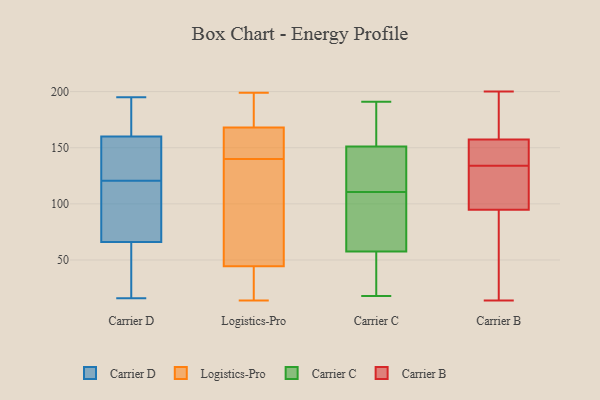
{"axis": {"x": "Demand Index", "y": "Value"}, "legend": ["Carrier B", "Carrier C", "Carrier D", "Logistics-Pro"], "data": [{"x": "", "y": 105, "type": "Carrier D"}, {"x": "", "y": 26, "type": "Carrier D"}, {"x": "", "y": 177, "type": "Carrier D"}, {"x": "", "y": 131, "type": "Carrier D"}, {"x": "", "y": 39, "type": "Carrier D"}, {"x": "", "y": 67, "type": "Carrier D"}, {"x": "", "y": 16, "type": "Carrier D"}, {"x": "", "y": 65, "type": "Carrier D"}, {"x": "", "y": 127, "type": "Carrier D"}, {"x": "", "y": 102, "type": "Carrier D"}, {"x": "", "y": 126, "type": "Carrier D"}, {"x": "", "y": 195, "type": "Carrier D"}, {"x": "", "y": 89, "type": "Carrier D"}, {"x": "", "y": 141, "type": "Carrier D"}, {"x": "", "y": 143, "type": "Carrier D"}, {"x": "", "y": 180, "type": "Carrier D"}, {"x": "", "y": 115, "type": "Carrier D"}, {"x": "", "y": 177, "type": "Carrier D"}, {"x": "", "y": 55, "type": "Carrier D"}, {"x": "", "y": 184, "type": "Carrier D"}, {"x": "", "y": 159, "type": "Logistics-Pro"}, {"x": "", "y": 94, "type": "Logistics-Pro"}, {"x": "", "y": 14, "type": "Logistics-Pro"}, {"x": "", "y": 101, "type": "Logistics-Pro"}, {"x": "", "y": 190, "type": "Logistics-Pro"}, {"x": "", "y": 150, "type": "Logistics-Pro"}, {"x": "", "y": 68, "type": "Logistics-Pro"}, {"x": "", "y": 33, "type": "Logistics-Pro"}, {"x": "", "y": 145, "type": "Logistics-Pro"}, {"x": "", "y": 135, "type": "Logistics-Pro"}, {"x": "", "y": 189, "type": "Logistics-Pro"}, {"x": "", "y": 28, "type": "Logistics-Pro"}, {"x": "", "y": 199, "type": "Logistics-Pro"}, {"x": "", "y": 149, "type": "Logistics-Pro"}, {"x": "", "y": 37, "type": "Logistics-Pro"}, {"x": "", "y": 169, "type": "Logistics-Pro"}, {"x": "", "y": 186, "type": "Logistics-Pro"}, {"x": "", "y": 52, "type": "Logistics-Pro"}, {"x": "", "y": 167, "type": "Logistics-Pro"}, {"x": "", "y": 31, "type": "Logistics-Pro"}, {"x": "", "y": 53, "type": "Carrier C"}, {"x": "", "y": 102, "type": "Carrier C"}, {"x": "", "y": 47, "type": "Carrier C"}, {"x": "", "y": 124, "type": "Carrier C"}, {"x": "", "y": 191, "type": "Carrier C"}, {"x": "", "y": 148, "type": "Carrier C"}, {"x": "", "y": 62, "type": "Carrier C"}, {"x": "", "y": 137, "type": "Carrier C"}, {"x": "", "y": 180, "type": "Carrier C"}, {"x": "", "y": 172, "type": "Carrier C"}, {"x": "", "y": 98, "type": "Carrier C"}, {"x": "", "y": 28, "type": "Carrier C"}, {"x": "", "y": 137, "type": "Carrier C"}, {"x": "", "y": 101, "type": "Carrier C"}, {"x": "", "y": 182, "type": "Carrier C"}, {"x": "", "y": 44, "type": "Carrier C"}, {"x": "", "y": 65, "type": "Carrier C"}, {"x": "", "y": 18, "type": "Carrier C"}, {"x": "", "y": 154, "type": "Carrier C"}, {"x": "", "y": 119, "type": "Carrier C"}, {"x": "", "y": 122, "type": "Carrier B"}, {"x": "", "y": 164, "type": "Carrier B"}, {"x": "", "y": 94, "type": "Carrier B"}, {"x": "", "y": 95, "type": "Carrier B"}, {"x": "", "y": 14, "type": "Carrier B"}, {"x": "", "y": 134, "type": "Carrier B"}, {"x": "", "y": 141, "type": "Carrier B"}, {"x": "", "y": 157, "type": "Carrier B"}, {"x": "", "y": 30, "type": "Carrier B"}, {"x": "", "y": 158, "type": "Carrier B"}, {"x": "", "y": 143, "type": "Carrier B"}, {"x": "", "y": 200, "type": "Carrier B"}, {"x": "", "y": 102, "type": "Carrier B"}]}